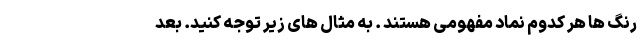
رنگ ها هر کدوم نماد مفهومی هستند . به مثال های زیر توجه کنید. بعد